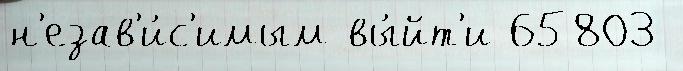
н'езав'и́с'имым вы́йт'и 65803